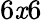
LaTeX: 6\mathit{x}6